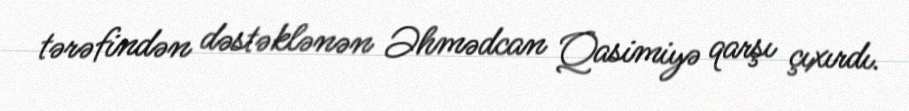
tərəfindən dəstəklənən Əhmədcan Qasimiyə qarşı çıxırdı.